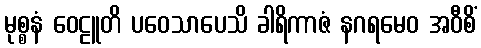
မုစ္စနံ ဝေဠူတိ ပဝေသာပေသိ ခါရိကာဇံ နဂရမေဝ အဝီစိံ